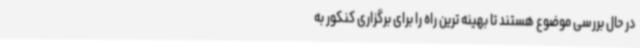
در حال بررسی موضوع هستند تا بهینه ترین راه را برای برگزاری کنکور به